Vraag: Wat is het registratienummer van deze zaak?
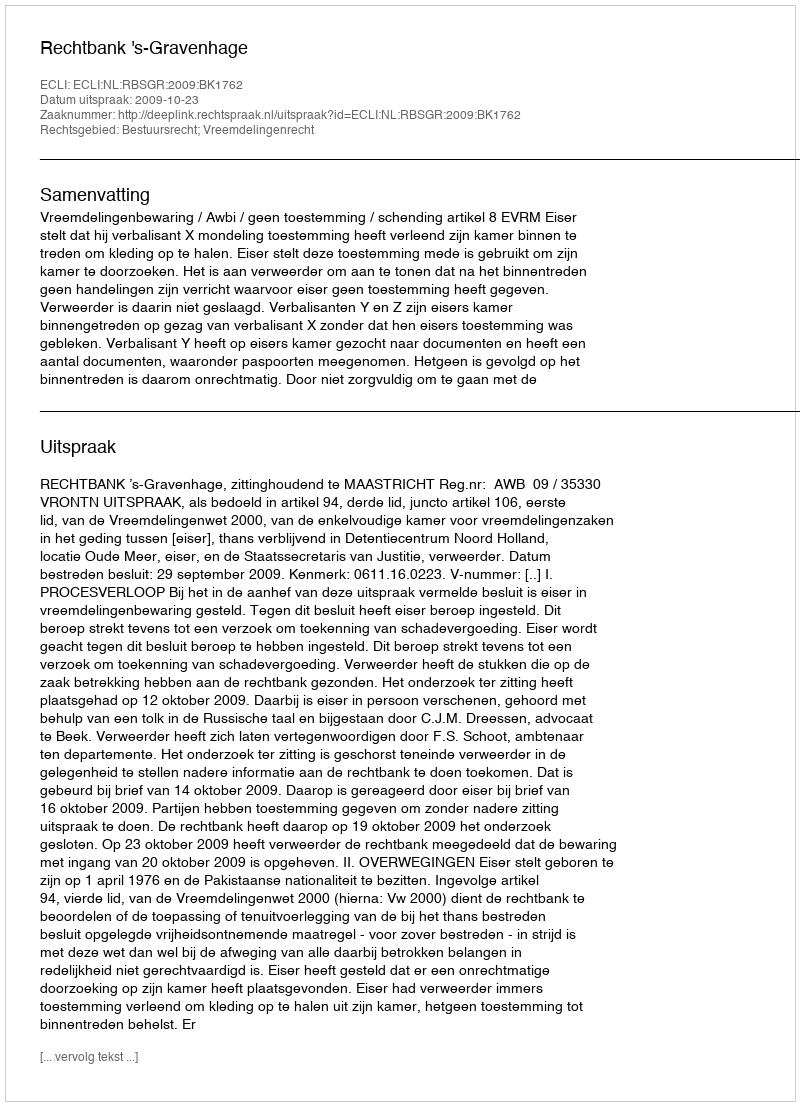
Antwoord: http://deeplink.rechtspraak.nl/uitspraak?id=ECLI:NL:RBSGR:2009:BK1762